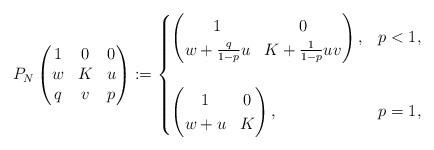
LaTeX: \begin{align*}P_N\begin{pmatrix}1 & 0 & 0 \\w & K & u \\q & v^{{}} & p\end{pmatrix} := \begin{cases}\begin{pmatrix}1 & 0 \\w + \frac{q}{1-p}u& K + \frac{1}{1-p}uv^{} \\\end{pmatrix}, & p < 1, \\& \\\begin{pmatrix}1 & 0 \\w + u& K \\\end{pmatrix}, & p = 1,\end{cases}\end{align*}